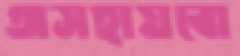
অসহায়বো